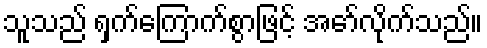
သူသည် ရှက်ကြောက်စွာဖြင့် အော်လိုက်သည်။